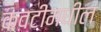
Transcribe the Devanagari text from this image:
कवटीमधील